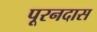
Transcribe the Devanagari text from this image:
पूरनदास